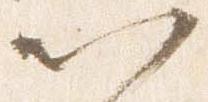
以